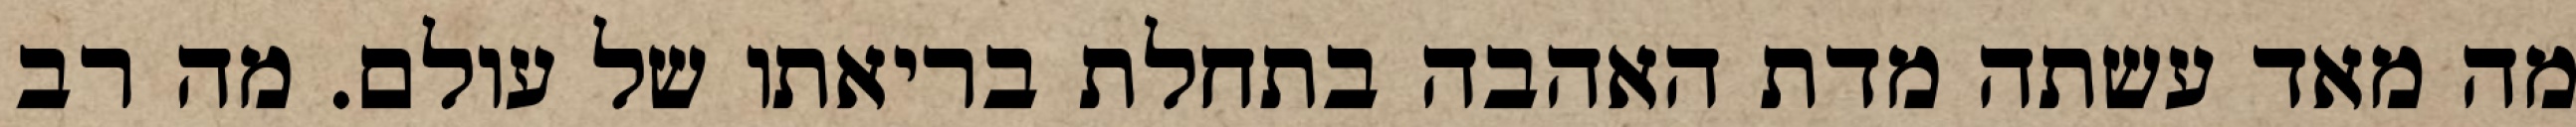
מה מאד עשתה מדת האהבה בתחלת בריאתו של עולם. מה רב